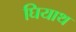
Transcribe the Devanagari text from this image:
घियाथ